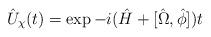
LaTeX: \begin{align*}\hat{U}_{\chi}(t)=\exp -i(\hat{H}+[\hat{\Omega},\hat{\phi}])t\end{align*}